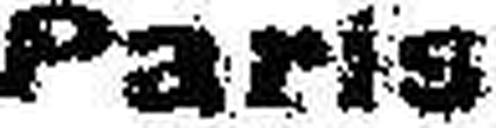
Paris